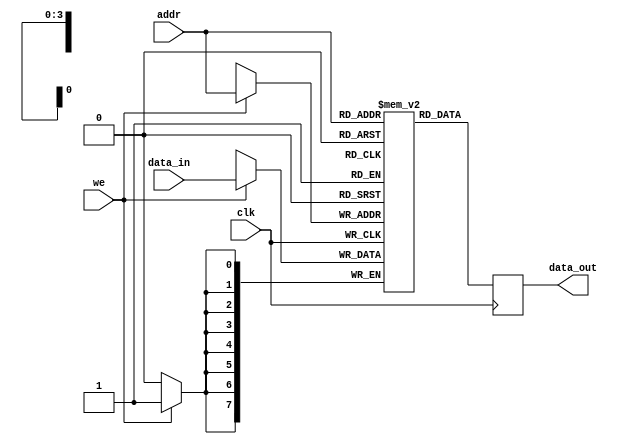
module parameterized_ram #(
    parameter DATA_WIDTH = 8,    // Width of the data bus
    parameter ADDR_WIDTH = 4      // Depth calculated as 2^ADDR_WIDTH
)(
    input wire clk,               // Clock signal
    input wire we,                // Write enable signal
    input wire [ADDR_WIDTH-1:0] addr, // Address input
    input wire [DATA_WIDTH-1:0] data_in, // Data input
    output reg [DATA_WIDTH-1:0] data_out // Data output
);

    // Memory array declaration
    reg [DATA_WIDTH-1:0] ram [(2**ADDR_WIDTH)-1:0];

    // Synchronous write and read operation
    always @(posedge clk) begin
        if (we) begin
            ram[addr] <= data_in; // Write data to memory
        end
        data_out <= ram[addr];    // Read data from memory
    end

    // Optional: Asynchronous reset logic (uncomment if needed)
    /*
    input wire rst; // Asynchronous reset
    always @(posedge clk or posedge rst) begin
        if (rst) begin
            integer i;
            for (i = 0; i < (2**ADDR_WIDTH); i = i + 1) begin
                ram[i] <= {DATA_WIDTH{1'b0}}; // Initialize memory to zero
            end
        end else begin
            if (we) begin
                ram[addr] <= data_in; // Write data to memory
            end
            data_out <= ram[addr];    // Read data from memory
        end
    end
    */

endmodule